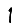
Digit: 1